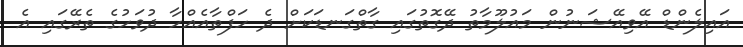
އައިލެންޑް އޭވިއޭޝަނުން މައުލޫމާތު ދޭގޮތުގައި ގާތްގަނޑަކަށް ދެ ހަފްތާއެއްހާ ދުވަހުގެ ތެރޭގައި އެ